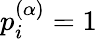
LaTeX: p_{i}^{(\alpha)}=1